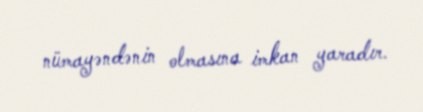
nümayəndənin olmasına imkan yaradır.